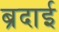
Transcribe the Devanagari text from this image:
ब्रदाई